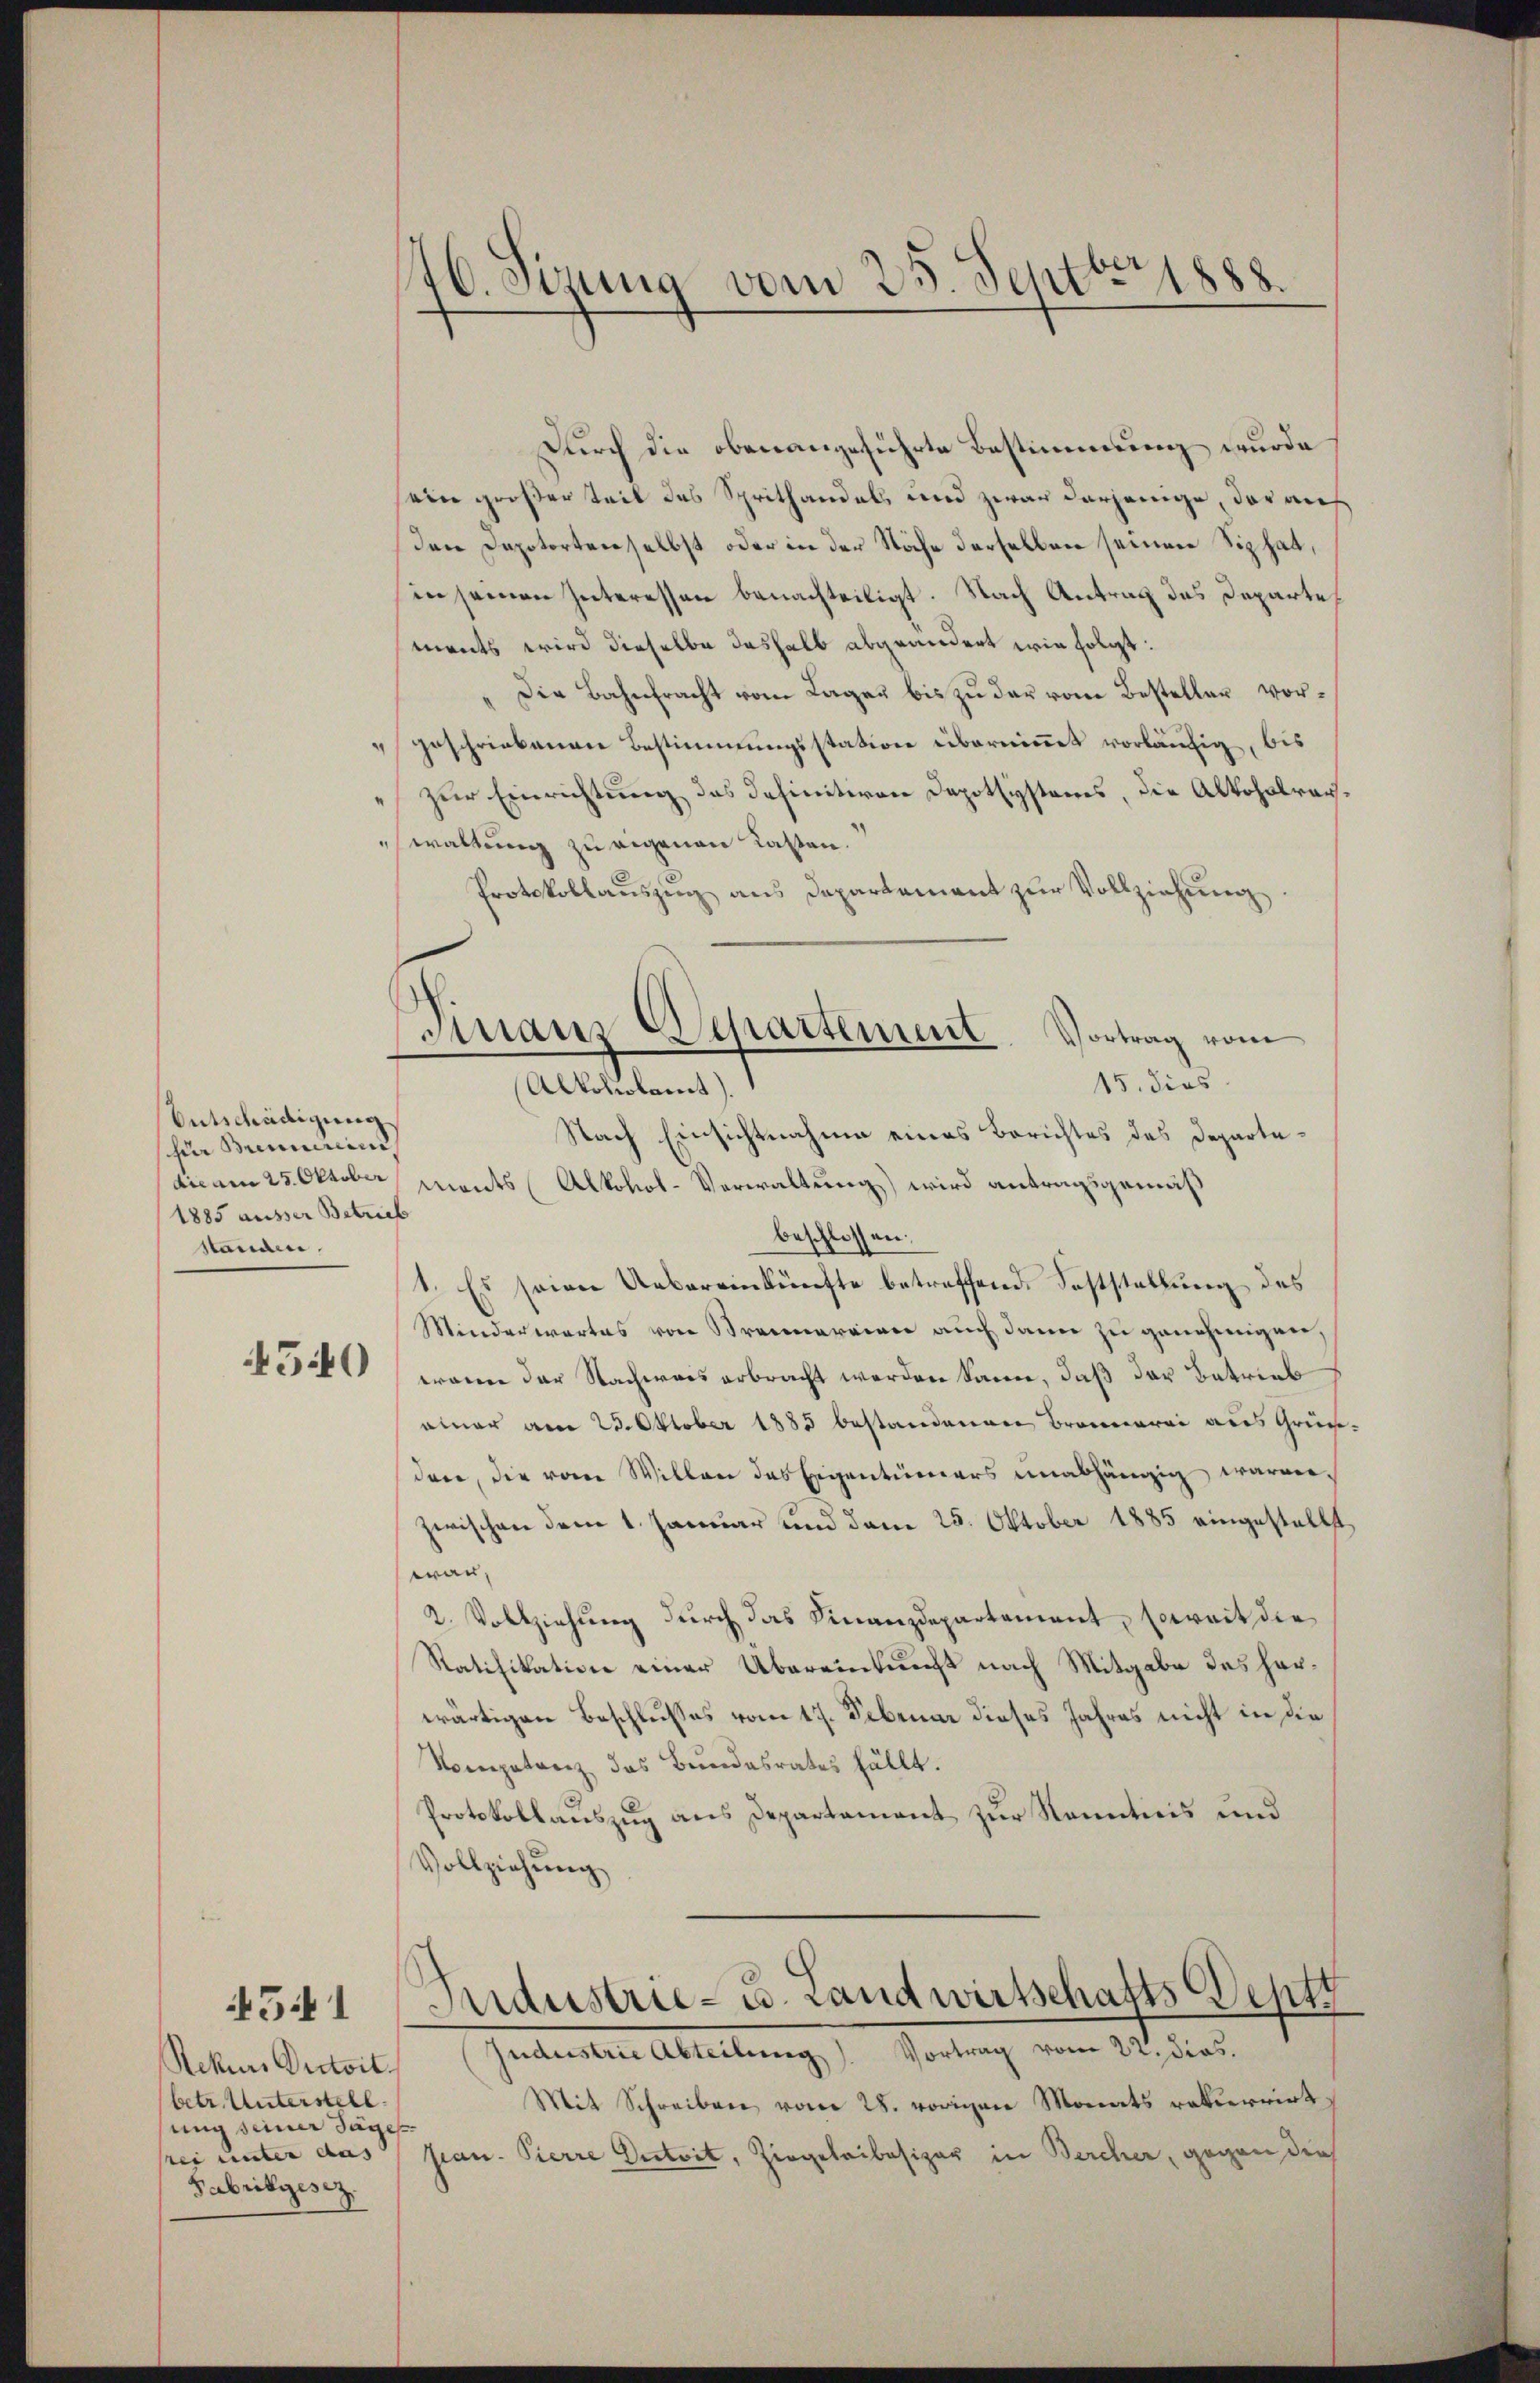
Entschädigung
zia Benniiii
1885 ausser Betrieb
standen.

4540

Rekurs Antoit.
(betr. Unterstell
ung seiner Tages
Fabrikgesez.

4541

46. Sizung vom 25. Senti 1888.

Durch die obenangeführte Bestimmung wurde
sein großer Teil des Sprithandels und zwar derjenige, der auf
Den Depotorten selbst oder in der Stäche derselben seinen Siphat,
in seinen Interessen benachteiligt. Nach Antrag des Departements wird dieselbe deshalb abgeändert wie folgt:
Die Bahnfracht vom Lager bis zu der vom Besteller vor¬
"geschriebenen Bestimmungsstation übernimmt vorläufig, bis
zur Einrichtung das definitiven Depotsysteres, die Alkoholrarwaltung zu eigenen Lasten.
Protokollauszug aus Departement zur Vollziehung.
15. dies
Nach Einsichtnahme eines Berichtes des Departedicam 25. Oktober ments Alkohol-Verwaltung) wird antragsgemäß
beschlossen:
1. Es seien Uebereinkünfte betreffende Feststellung des
Minderwartes von Brennereiner auch dann zu genehmigen,
waren der Nachweis erbracht werden kann, daß der Betrieb
einer am 25. Oktober 1885 bestandenen Brennerei aus Gründen, die vom Willen das Eigentümers unabhängig, warenzwischen dem 1. Januar und dem 25. Oktober 1885 eingestellt
wan¬
2. Vollziehung durch das Finanzdepartement, soweit die
Ratifikation einer Übereinkunft nach Mitgabe des herwärtigen Beschlusses vom 17. Februar dieses Jahres nicht in die
Kompetenz das Bundesrates fällt.
Protokollauszug aus Departement zur Kenntnis und
Vollziehung
Industrie- u. Landwirtschafts Deptz
Interten Abteilung, 1 Portung vom 11. die
Mit Schreiben vom 28. vorigen Monats rekurrirt,
frei unter das Jean Pierre Distrit, Ziegeleibesizer in Bercher, gegen die

Finanz Separtement. Vortrag vom
Alkoliolamt).